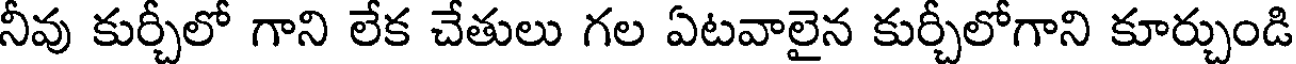
నీవు కుర్చీలో గాని లేక చేతులు గల ఏటవాలైన కుర్చీలోగాని కూర్చుండి